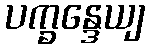
ပက္ခန္ဒေယျ